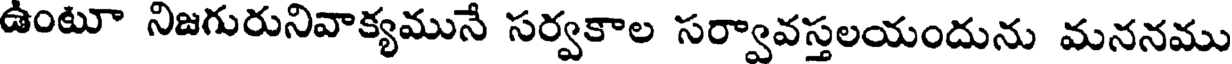
ఉంటూ నిజగురునివాక్యమునే సర్వకాల సర్వావస్తలయందును మననము